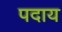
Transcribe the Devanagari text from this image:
पदाय